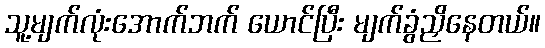
သူ့မျက်လုံးအောက်ဘက် ယောင်ပြီး မျက်ခွံညှိနေတယ်။